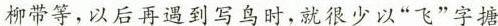
柳带等，以后再遇到写鸟时，就很少以”飞”字塘